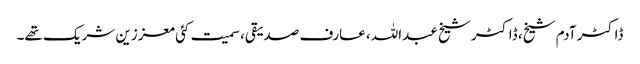
ڈاکٹر آدم شیخ، ڈاکٹر شیخ عبداللہ، عارف صدیقی، سمیت کئی معززین شریک تھے۔